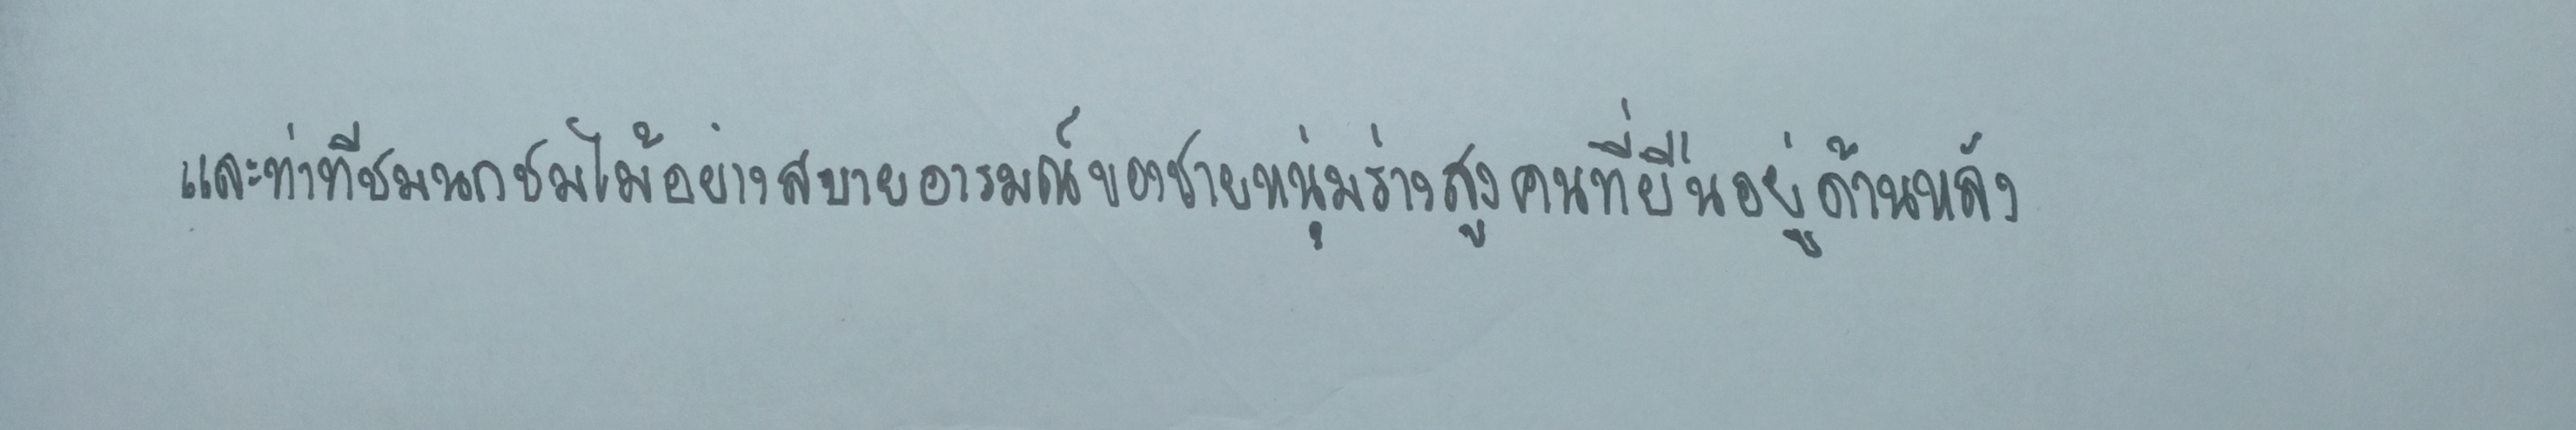
และท่าทีชมนกชมไม้อย่างสบายอารมณ์ของชายหนุ่มร่างสูงคนที่ยืนอยู่ด้านหลัง